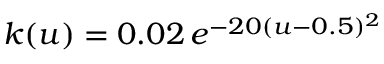
k ( u ) = 0 . 0 2 \, e ^ { - 2 0 ( u - 0 . 5 ) ^ { 2 } }